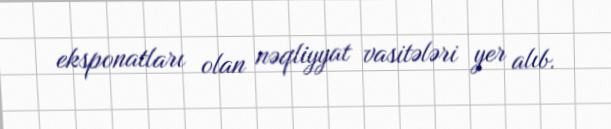
eksponatları olan nəqliyyat vasitələri yer alıb.